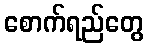
စောက်ရည်တွေ